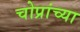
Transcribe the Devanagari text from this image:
चोप्रांच्या